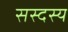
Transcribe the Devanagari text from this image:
सस्दस्य